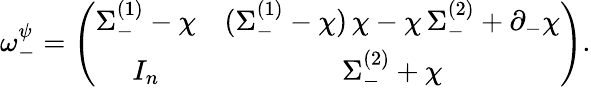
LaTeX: \omega_{-}^{\psi}=\left(\begin{array}{cc}{{\Sigma_{-}^{(1)}-\chi}}&{{(\Sigma_{-}^{(1)}-\chi)\, \chi-\chi\, \Sigma_{-}^{(2)}+\partial_{-}\chi}}\\ {{I_{n}}}&{{\Sigma_{-}^{(2)}+\chi}}\end{array}\right).